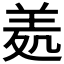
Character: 𦍶